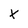
Character: X